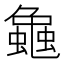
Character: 𧑴